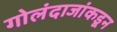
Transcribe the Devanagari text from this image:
गोलंदाजांकडून